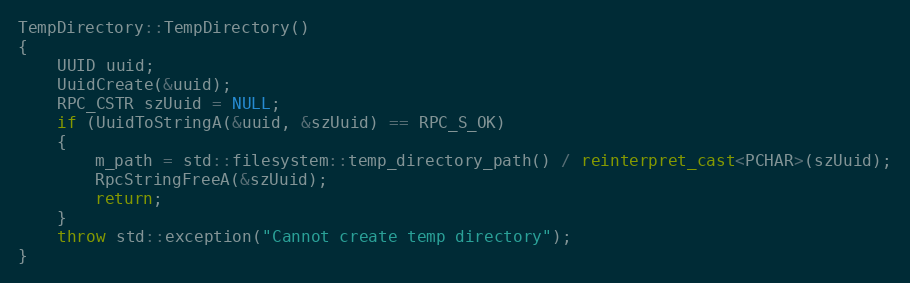
Language: C++
TempDirectory::TempDirectory()
{
    UUID uuid;
    UuidCreate(&uuid);
    RPC_CSTR szUuid = NULL;
    if (UuidToStringA(&uuid, &szUuid) == RPC_S_OK)
    {
        m_path = std::filesystem::temp_directory_path() / reinterpret_cast<PCHAR>(szUuid);
        RpcStringFreeA(&szUuid);
        return;
    }
    throw std::exception("Cannot create temp directory");
}